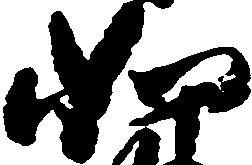
如